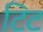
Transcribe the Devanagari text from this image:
टिट